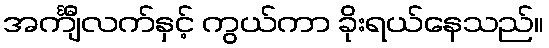
အင်္ကျီလက်နှင့် ကွယ်ကာ ခိုးရယ်နေသည်။